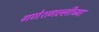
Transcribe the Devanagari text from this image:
गणेशगल्लीच्या